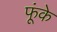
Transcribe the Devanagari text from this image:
फूंके